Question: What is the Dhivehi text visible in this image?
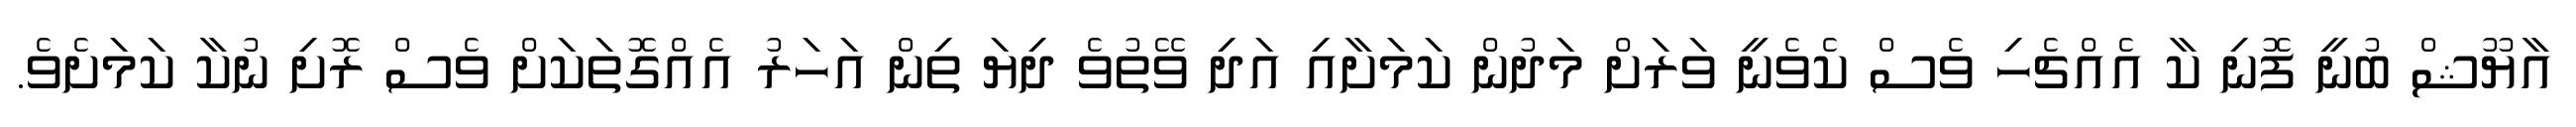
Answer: އާޔޫޝް ބުނީ ފޮނި ކާ އެއްޗެހި ވެސް ކެވެނީ ވަރަށް މަދުން ކަމަށާއި އަދި ވޭތުވެ ދިޔަ ތިން އަހަރު އެއްގޮތަކަށް ވެސް ރޮށި ނުކާ ކަމަށެވެ.